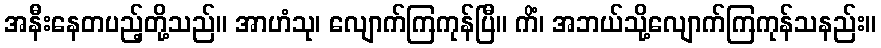
အနီးနေတပည့်တို့သည်။ အာဟံသု၊ လျောက်ကြကုန်ပြီ။ ကိံ၊ အဘယ်သို့လျောက်ကြကုန်သနည်း။